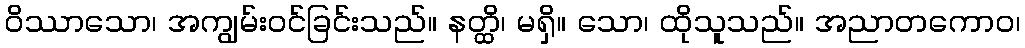
ဝိဿာသော၊ အကျွမ်းဝင်ခြင်းသည်။ နတ္ထိ၊ မရှိ။ သော၊ ထိုသူသည်။ အညာတကောဝ၊